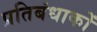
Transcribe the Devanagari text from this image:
प्रतिबंधाकों